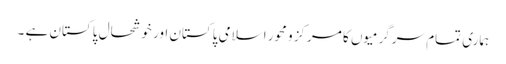
ہماری تمام سرگرمیوں کا مرکز و محور اسلامی پاکستان اور خوشحال پاکستان ہے ۔